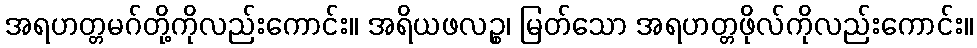
အရဟတ္တမဂ်တို့ကိုလည်းကောင်း။ အရိယဖလဉ္စ၊ မြတ်သော အရဟတ္တဖိုလ်ကိုလည်းကောင်း။